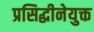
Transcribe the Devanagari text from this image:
प्रसिद्धीनेयुक्त